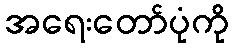
အရေးတော်ပုံကို